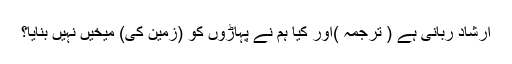
ارشاد ربانی ہے ( ترجمہ )اور کیا ہم نے پہاڑوں کو (زمین کی) میخیں نہیں بنایا؟